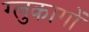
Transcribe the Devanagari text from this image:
ग्लुकागों